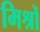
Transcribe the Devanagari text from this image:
मिश्रों